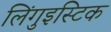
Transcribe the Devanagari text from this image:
लिंगुइस्टिक